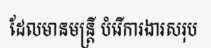
ដែលមានមន្ត្រី បំរើការងារសរុប